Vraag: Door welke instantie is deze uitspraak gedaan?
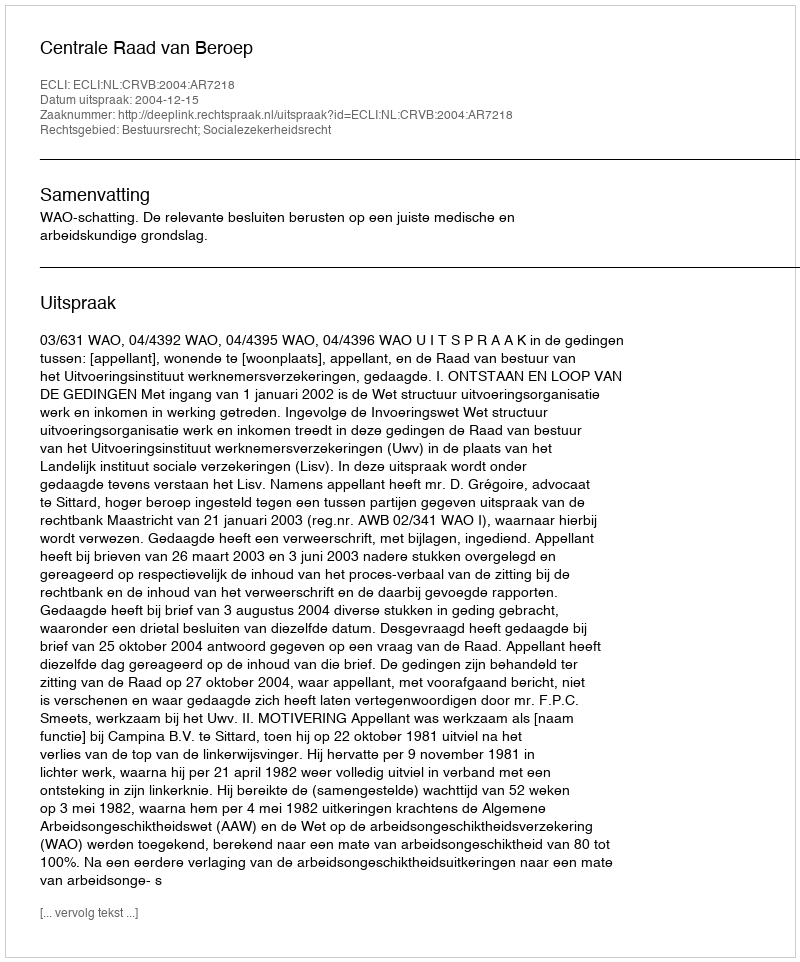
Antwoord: Centrale Raad van Beroep